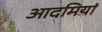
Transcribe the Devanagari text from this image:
आदमियां